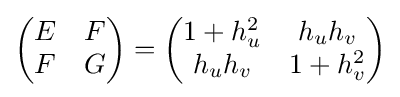
{\begin{pmatrix}E&F\\F&G\end{pmatrix}}={\begin{pmatrix}1+h_{u}^{2}&h_{u}h_{v}\\h_{u}h_{v}&1+h_{v}^{2}\end{pmatrix}}